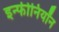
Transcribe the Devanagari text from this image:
इन्फीनियॉन